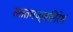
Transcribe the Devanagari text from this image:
सततमज्जलिरेष